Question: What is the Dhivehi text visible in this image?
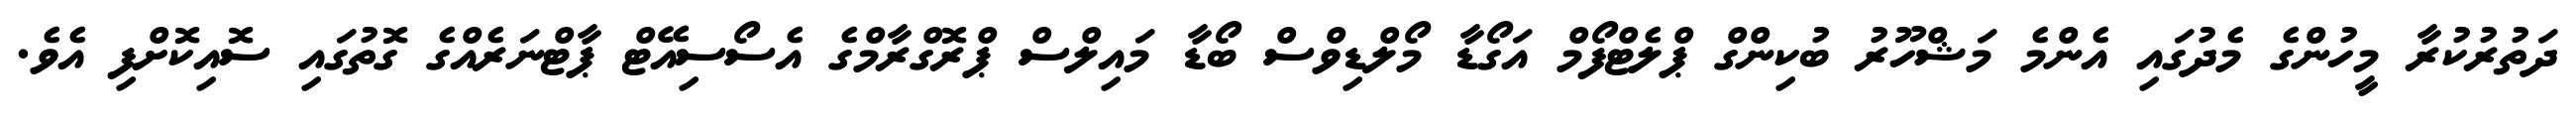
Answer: ދަތުރުކުރާ މީހުންގެ މެދުގައި އެންމެ މަޝްހޫރު ބުކިންގް ޕްލެޓްފޯމް އަގޯޑާ މޯލްޑިވްސް ބޯޑާ މައިލްސް ޕްރޮގްރާމްގެ އެސޯސިއޭޓް ޕާޓްނަރެއްގެ ގޮތުގައި ސޮއިކޮށްފި އެވެ.